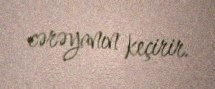
cərəyanın keçirir.